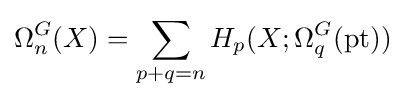
\Omega _{n}^{G}(X)=\sum _{p+q=n}H_{p}(X;\Omega _{q}^{G}({\text{pt}}))